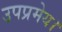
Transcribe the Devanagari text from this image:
उपप्रमेय।